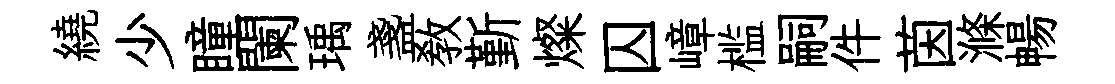
繞少瞳闌瑀盞教斳燦囚嶂槛嗣件茵滌暢